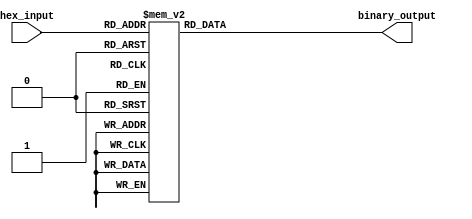
module hex_to_binary_encoder (
    input  wire [3:0] hex_input,    // 4-bit hexadecimal input
    output reg  [3:0] binary_output   // 4-bit binary output
);

    always @(*) begin
        case (hex_input)
            4'b0000: binary_output = 4'b0000; // 0
            4'b0001: binary_output = 4'b0001; // 1
            4'b0010: binary_output = 4'b0010; // 2
            4'b0011: binary_output = 4'b0011; // 3
            4'b0100: binary_output = 4'b0100; // 4
            4'b0101: binary_output = 4'b0101; // 5
            4'b0110: binary_output = 4'b0110; // 6
            4'b0111: binary_output = 4'b0111; // 7
            4'b1000: binary_output = 4'b1000; // 8
            4'b1001: binary_output = 4'b1001; // 9
            4'b1010: binary_output = 4'b1010; // A
            4'b1011: binary_output = 4'b1011; // B
            4'b1100: binary_output = 4'b1100; // C
            4'b1101: binary_output = 4'b1101; // D
            4'b1110: binary_output = 4'b1110; // E
            4'b1111: binary_output = 4'b1111; // F
            default: binary_output = 4'b0000; // Invalid input, default to 0
        endcase
    end

endmodule